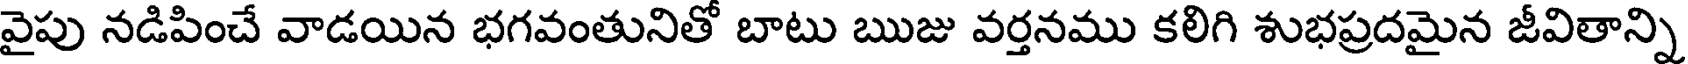
వైపు నడిపించే వాడయిన భగవంతునితో బాటు ఋజు వర్తనము కలిగి శుభప్రదమైన జీవితాన్ని